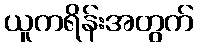
ယူကရိန်းအတွက်